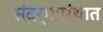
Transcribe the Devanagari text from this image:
संदर्भग्रंथात